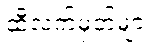
ထီလက်မှတ်များ